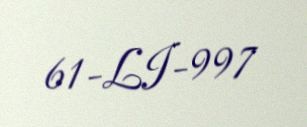
61-LI-997